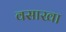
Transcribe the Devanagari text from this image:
वसाखा